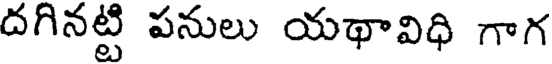
దగినట్టి పనులు యథావిధి గాగ